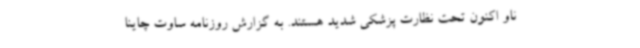
ناو اکنون تحت نظارت پزشکی شدید هستند. به گزارش روزنامه ساوت چاینا